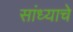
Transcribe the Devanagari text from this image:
सांध्याचे